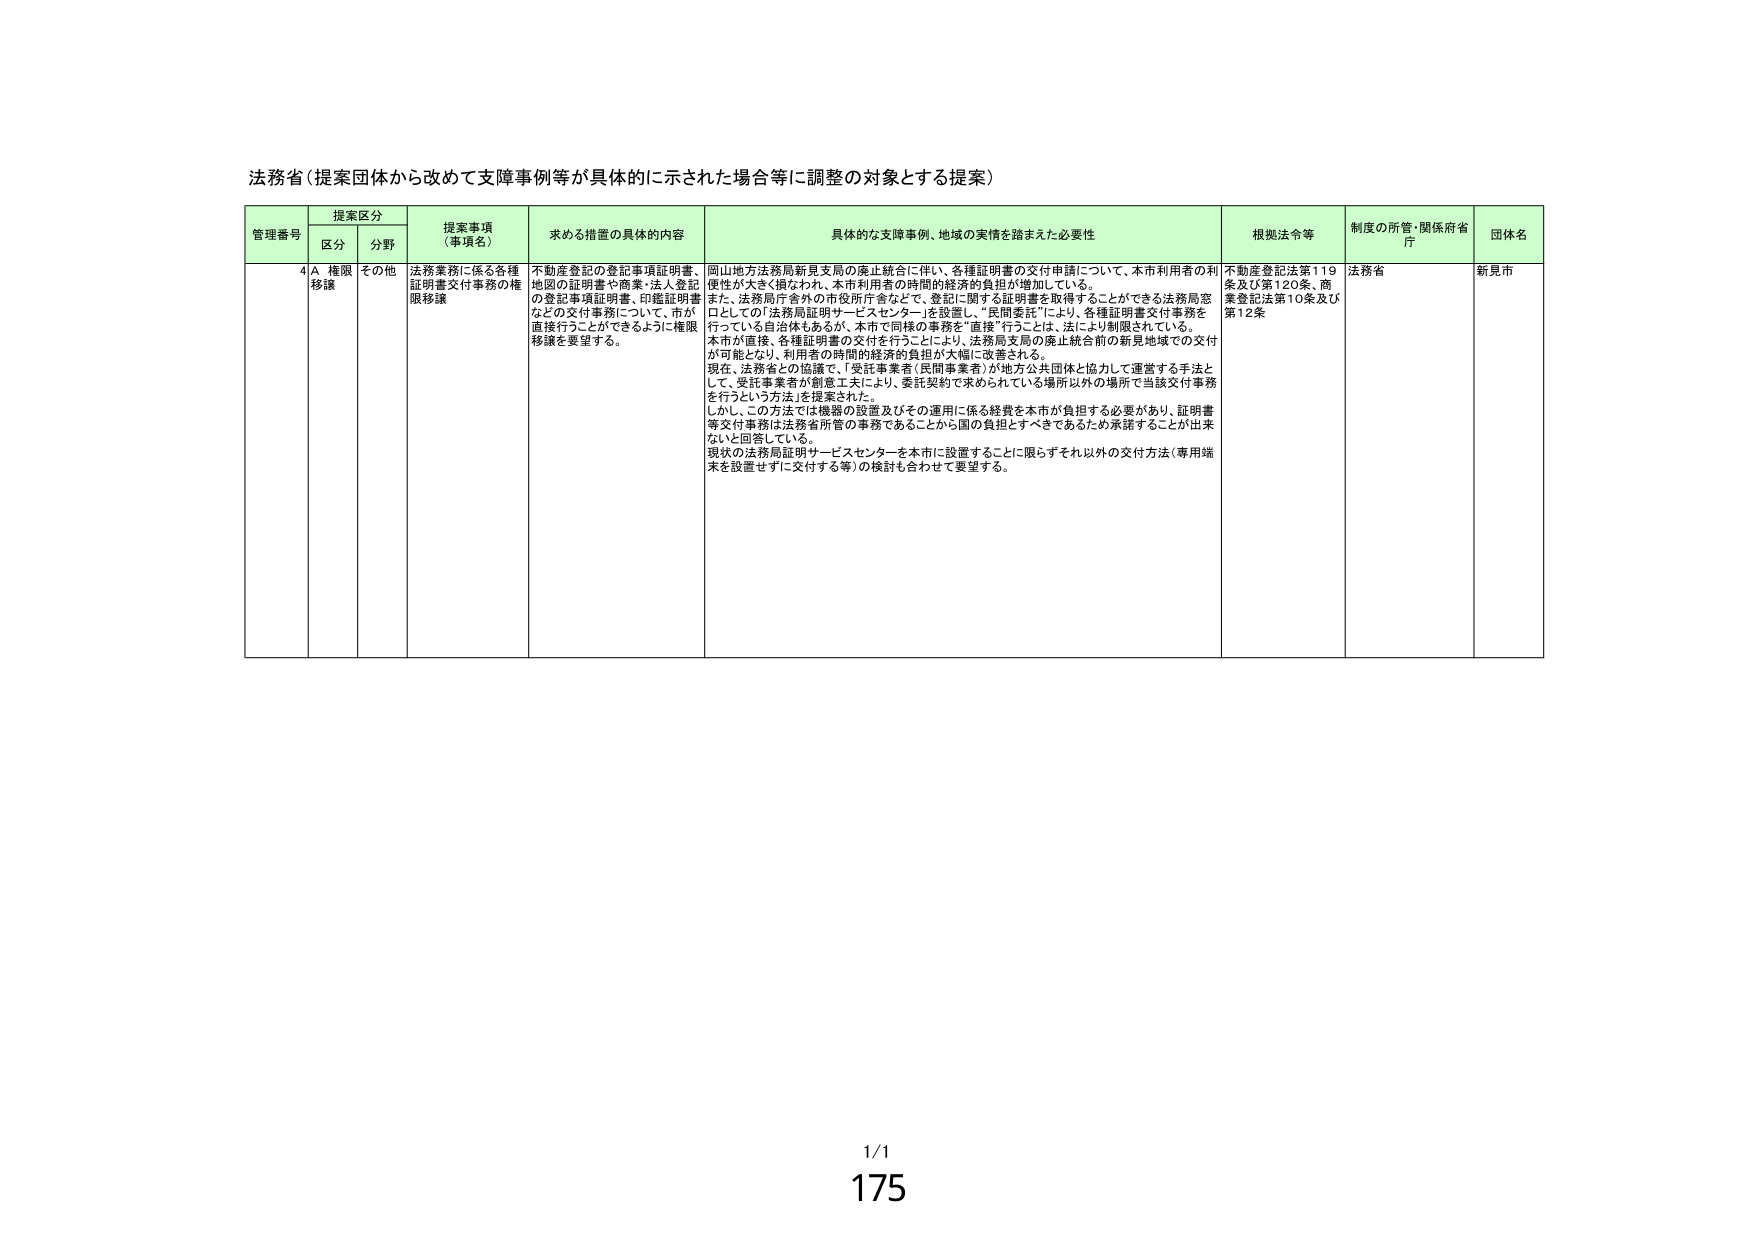
法務省（提案団体から改めて支障事例等が具体的に示された場合等に調整の対象とする提案）

管理番号 提案区分 提案事項（事項名） 求める措置の具体的内容 具体的な支障事例、地域の実情を踏まえた必要性 根拠法令等 制度の所管・関係府省庁 団体名
区分 分野

4A 権限移譲 その他 法務業務に係る各種証明書交付事務の権限移譲 不動産登記の登記事項証明書、地図の証明書や商業・法人登記の登記事項証明書、印鑑証明書などの交付事務について、市が直接行うことができるように権限移譲を要望する。 岡山地方法務局新見支局の廃止統合に伴い、各種証明書の交付申請について、本市利用者の利便性が大きく損なわれ、本市利用者の時間的経済的負担が増加している。 また、法務局庁舎外の市役所庁舎などで、登記に関する証明書を取得することができる法務局窓口としての「法務局証明サービスセンター」を設置し、「民間委託」により、各種証明書交付事務を行っている自治体もあるが、本市で同様の事務を“直接”行うことは、法により制限されている。 本市が直接、各種証明書の交付を行うことにより、法務局支局の廃止統合前の新見地域での交付が可能となり、利用者の時間的経済的負担が大幅に改善される。 現在、法務省との協議で、「受託事業者（民間事業者）が地方公共団体と協力して運営する手法として、受託事業者が創意工夫により、委託契約で求められている場所以外の場所で当該交付事務を行うという方法」を提案された。 しかし、この方法では機器の設置及びその運用に係る経費を本市が負担する必要があり、証明書等交付事務は法務省所管の事務であることから国の負担とすべきであるため承諾することが出来ないと回答している。 現状の法務局証明サービスセンターを本市に設置することに限らずそれ以外の交付方法（専用端末を設置せずに交付する等）の検討も合わせて要望する。 不動産登記法第119条及び第120条、商業登記法第10条及び第12条 法務省 新見市

1/1
175